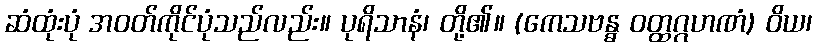
ဆံထုံးပုံ အဝတ်ကိုင်ပုံသည်လည်း။ ပုရိသာနံ၊ တို့၏။ (ကေသဗန္ဓ ဝတ္ထဂ္ဂဟဏံ) ဝိယ၊